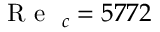
\mathrm { ~ { ~ R ~ e ~ } ~ } _ { c } = 5 7 7 2